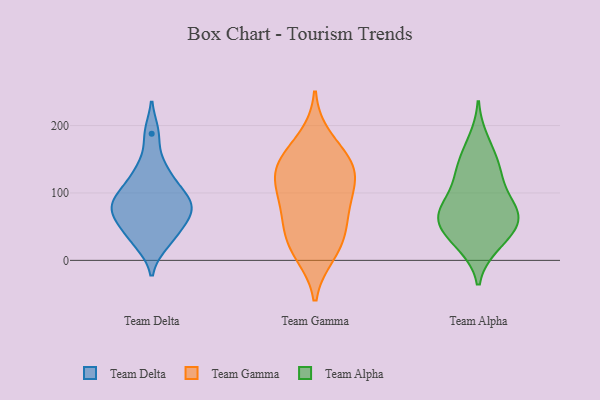
{"axis": {"x": "Demand Index", "y": "Value"}, "legend": ["Team Alpha", "Team Delta", "Team Gamma"], "data": [{"x": "", "y": 93, "type": "Team Delta"}, {"x": "", "y": 60, "type": "Team Delta"}, {"x": "", "y": 60, "type": "Team Delta"}, {"x": "", "y": 86, "type": "Team Delta"}, {"x": "", "y": 188, "type": "Team Delta"}, {"x": "", "y": 86, "type": "Team Delta"}, {"x": "", "y": 63, "type": "Team Delta"}, {"x": "", "y": 25, "type": "Team Delta"}, {"x": "", "y": 136, "type": "Team Delta"}, {"x": "", "y": 125, "type": "Team Delta"}, {"x": "", "y": 94, "type": "Team Delta"}, {"x": "", "y": 32, "type": "Team Delta"}, {"x": "", "y": 97, "type": "Team Gamma"}, {"x": "", "y": 113, "type": "Team Gamma"}, {"x": "", "y": 63, "type": "Team Gamma"}, {"x": "", "y": 17, "type": "Team Gamma"}, {"x": "", "y": 139, "type": "Team Gamma"}, {"x": "", "y": 33, "type": "Team Gamma"}, {"x": "", "y": 55, "type": "Team Gamma"}, {"x": "", "y": 136, "type": "Team Gamma"}, {"x": "", "y": 10, "type": "Team Gamma"}, {"x": "", "y": 147, "type": "Team Gamma"}, {"x": "", "y": 181, "type": "Team Gamma"}, {"x": "", "y": 141, "type": "Team Gamma"}, {"x": "", "y": 92, "type": "Team Gamma"}, {"x": "", "y": 64, "type": "Team Alpha"}, {"x": "", "y": 22, "type": "Team Alpha"}, {"x": "", "y": 84, "type": "Team Alpha"}, {"x": "", "y": 68, "type": "Team Alpha"}, {"x": "", "y": 52, "type": "Team Alpha"}, {"x": "", "y": 136, "type": "Team Alpha"}, {"x": "", "y": 178, "type": "Team Alpha"}, {"x": "", "y": 114, "type": "Team Alpha"}, {"x": "", "y": 152, "type": "Team Alpha"}, {"x": "", "y": 47, "type": "Team Alpha"}, {"x": "", "y": 51, "type": "Team Alpha"}, {"x": "", "y": 82, "type": "Team Alpha"}, {"x": "", "y": 128, "type": "Team Alpha"}, {"x": "", "y": 22, "type": "Team Alpha"}, {"x": "", "y": 72, "type": "Team Alpha"}]}